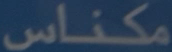
مكناس